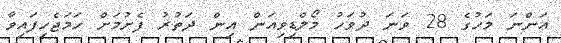
އަންނަ މަހުގެ 28 ވަނަ ދުވަހު މޯލްޑިވިއަން އިން ދަތުރު ފެށުމަށް ހަމަޖެހިފައިވާ